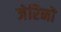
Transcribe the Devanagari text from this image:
जेरिनो